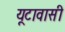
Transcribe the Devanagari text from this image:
यूटावासी